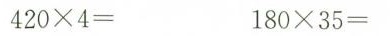
$$4 2 0 \times 4 =$$ $$1 8 0 \times 3 5 =$$